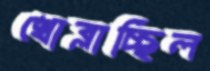
খোব্‌লাচ্ছিল